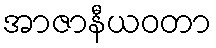
အာဇာနီယဝတာ